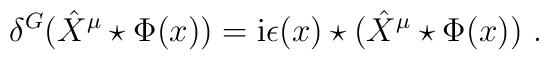
\delta^G \big(\hat{X}^\mu \star \Phi(x)\big) = \mathrm{i} \epsilon(x) \star \big( \hat{X}^\mu \star \Phi(x)\big)~.